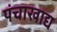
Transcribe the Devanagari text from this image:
पंचाखाद्य